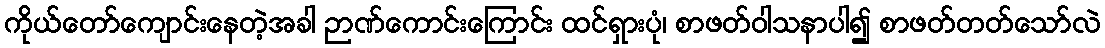
ကိုယ်တော်ကျောင်းနေတဲ့အခါ ဉာဏ်ကောင်းကြောင်း ထင်ရှားပုံ၊ စာဖတ်ဝါသနာပါ၍ စာဖတ်တတ်သော်လဲ